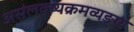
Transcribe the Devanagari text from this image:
असंलक्ष्यक्रमव्यङ्ग्य